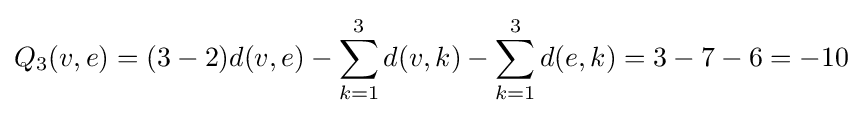
Q_{3}(v,e)=(3-2)d(v,e)-\sum _{k=1}^{3}d(v,k)-\sum _{k=1}^{3}d(e,k)=3-7-6=-10